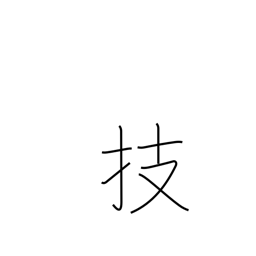
Meaning: arts